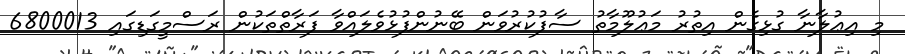
މި އިޢުލާނާ ގުޅިގެން އިތުރު މަޢުލޫމާތު ސާފުކުރުވަން ބޭނުންފުޅުވެލައްވާ ފަރާތްތަކުން ރަސްމީގަޑިގައި 6800013